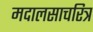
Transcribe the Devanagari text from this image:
मदालसाचरित्र